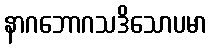
နာဂဘောဂသဒိသောပမာ